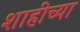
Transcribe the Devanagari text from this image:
शाहीच्या